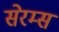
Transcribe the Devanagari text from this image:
सेरम्स